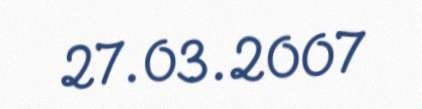
27.03.2007